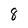
Character: 8